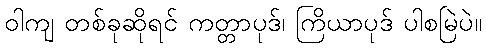
ဝါကျ တစ်ခုဆိုရင် ကတ္တာပုဒ်၊ ကြိယာပုဒ် ပါစမြဲပဲ။